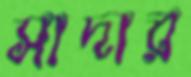
সাদার